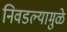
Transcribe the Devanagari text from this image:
निवडल्यामुळे